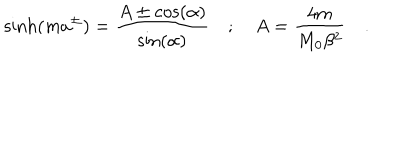
LaTeX: \sinh ( m a ^ { \pm } ) = \frac { A \pm \cos ( \alpha ) } { \sin ( \alpha ) } \quad ; \quad A = \frac { 4 m } { M _ { 0 } \beta ^ { 2 } } \quad .